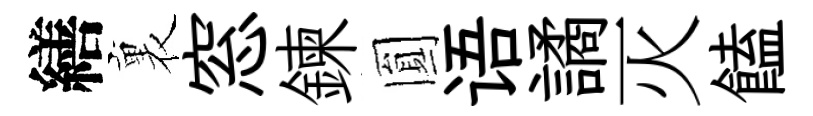
繕裏窓鍊圎语譎灭饁